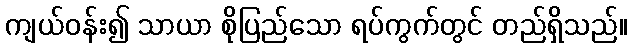
ကျယ်ဝန်း၍ သာယာ စိုပြည်သော ရပ်ကွက်တွင် တည်ရှိသည်။